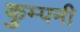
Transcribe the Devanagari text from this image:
कुम्पनी